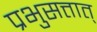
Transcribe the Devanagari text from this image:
प्रभुसत्तात्